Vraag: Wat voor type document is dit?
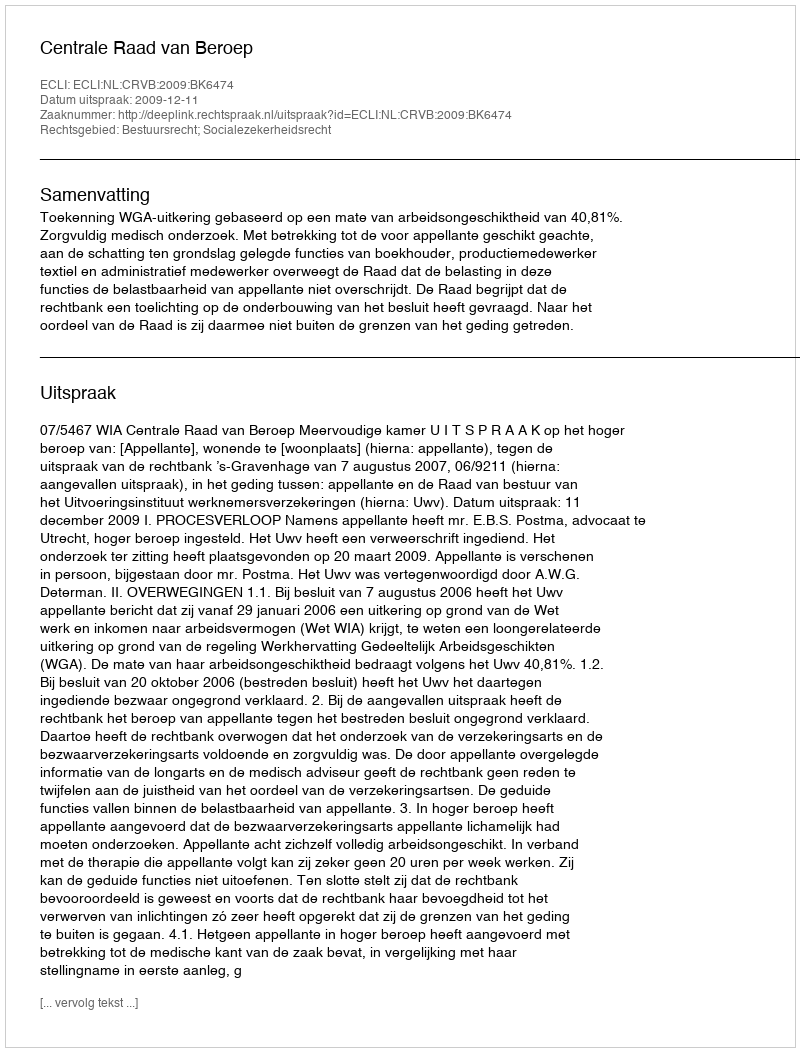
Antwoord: Uitspraak